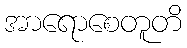
အာရောစေတူတိ